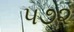
૫૭૨